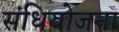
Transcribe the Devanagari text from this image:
संधियोजना